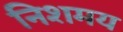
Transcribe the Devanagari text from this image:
निशमय